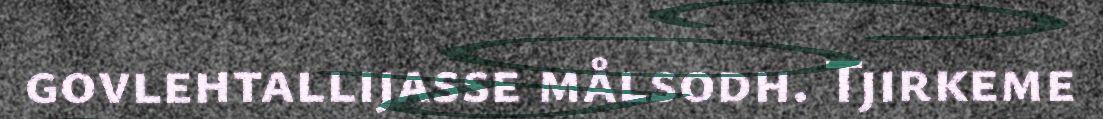
govlehtallijasse målsodh. Tjirkeme